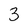
Character: 3